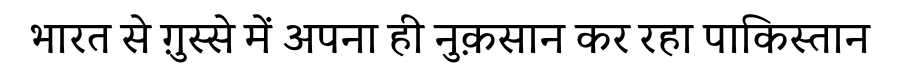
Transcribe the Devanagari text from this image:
भारत से ग़ुस्से में अपना ही नुक़सान कर रहा पाकिस्तान